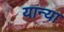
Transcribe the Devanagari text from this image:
यान्या